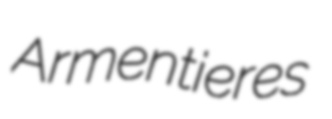
Armentieres